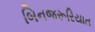
બિનજરૂરિયાત